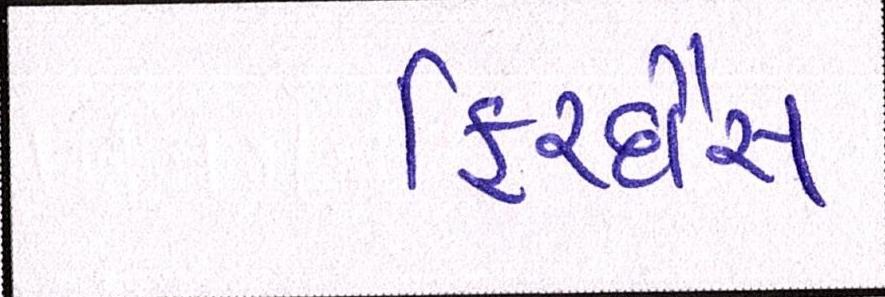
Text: ફિરદૌસ